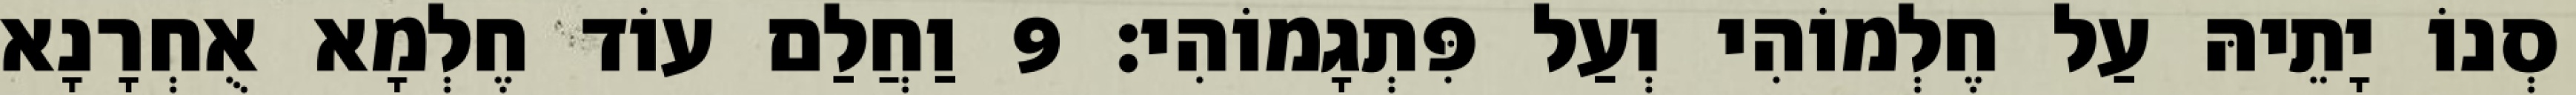
סְנוֹ יָתֵיהּ עַל חֶלְמוֹהִי וְעַל פִּתְגָמוֹהִי׃ 9 וַחֲלַם עוֹד חֶלְמָא אֻחְרָנָא